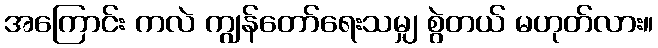
အကြောင်း ကလဲ ကျွန်တော်ရေးသမျှ စွဲတယ် မဟုတ်လား။